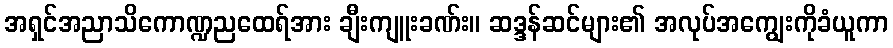
အရှင်အညာသိကောဏ္ဍညထေရ်အား ချီးကျူးခဏ်း။ ဆဒ္ဒန်ဆင်များ၏ အလုပ်အကျွေးကိုခံယူကာ